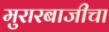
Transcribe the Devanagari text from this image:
मुरारबाजीचा